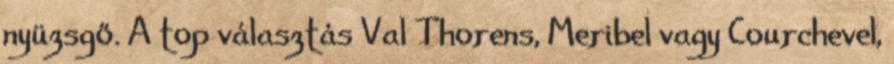
nyüzsgő. A top választás Val Thorens, Meribel vagy Courchevel,